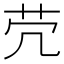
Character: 𦬮